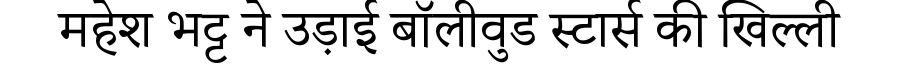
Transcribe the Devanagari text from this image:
महेश भट्ट ने उड़ाई बॉलीवुड स्टार्स की खिल्ली